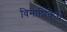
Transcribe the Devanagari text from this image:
विनाशिकेचे